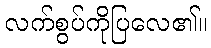
လက်စွပ်ကိုပြလေ၏။